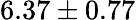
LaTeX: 6.37\pm 0.77